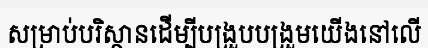
សម្រាប់បរិស្ថានដើម្បីបង្រួបបង្រួមយើងនៅលើ